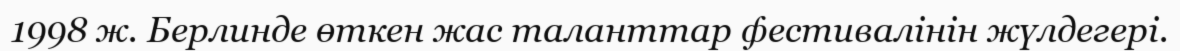
1998 ж. Берлинде өткен жас таланттар фестивалінін жүлдегері.